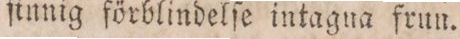
ſinnig förblindelſe intagna frun.